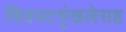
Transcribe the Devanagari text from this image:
चित्रपटशृंखलेसह